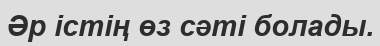
Әр істің өз сәті болады.